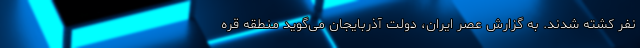
نفر کشته شدند. به گزارش عصر ایران، دولت آذربایجان می‌گوید منطقه قره